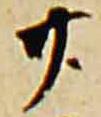
廿